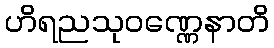
ဟိရညသုဝဏ္ဏေနာတိ